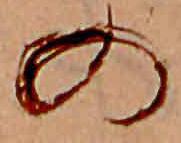
の